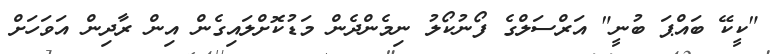
"ކީކޭ ބައްޕަ ބުނީ" އަރްސަލްގެ ފޯނުކޯލު ނިމެންދެން މަޑުކޮށްލައިގެން އިން ރާދިން އަވަހަށް